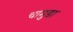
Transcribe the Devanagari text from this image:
चामुडा